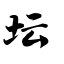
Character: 坛